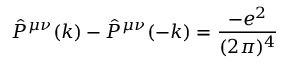
\hat { P } ^ { \mu \nu } ( k ) - \hat { P } ^ { \mu \nu } ( - k ) = \frac { - e ^ { 2 } } { ( 2 \pi ) ^ { 4 } }